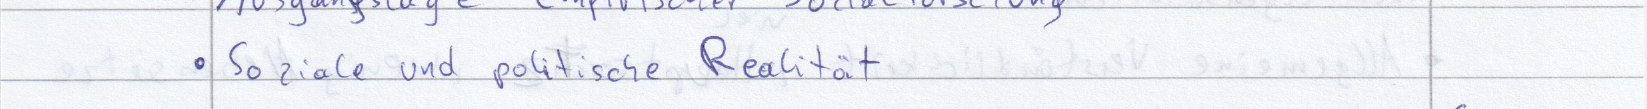
Soziale und politische Realität